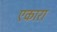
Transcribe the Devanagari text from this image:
एकारा